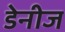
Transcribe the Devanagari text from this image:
डेनीज